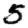
Digit: 5